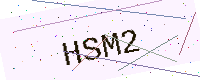
Text: HSM2